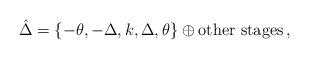
LaTeX: \begin{align*}\hat{\Delta }=\left\{-\theta ,-\Delta ,k,\Delta ,\theta \right\}\oplus \mbox{other stages}\,, \end{align*}